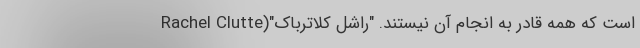
است که همه قادر به انجام آن نیستند. "راشل کلاترباک"(Rachel Clutte